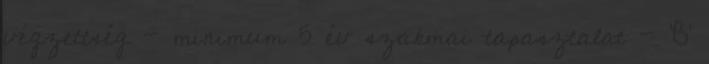
végzettség - minimum 5 év szakmai tapasztalat - ’B’